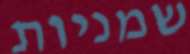
שמניות